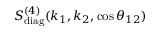
S _ { \mathrm { d i a g } } ^ { ( 4 ) } ( k _ { 1 } , k _ { 2 } , \cos \theta _ { 1 2 } )